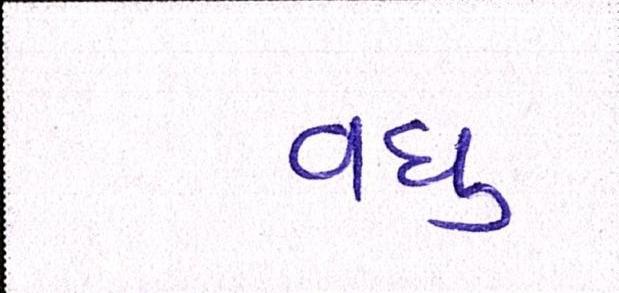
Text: વધુ